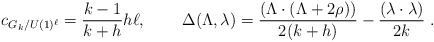
\begin{align*}c_{G_{k}/U(1)^{\ell }}=\frac{k-1}{k+h}h\ell ,\,\quad \quad \Delta (\Lambda,\lambda )=\frac{(\Lambda \cdot (\Lambda +2\rho ))}{2(k+h)}-\frac{(\lambda\cdot \lambda )}{2k}\;. \end{align*}